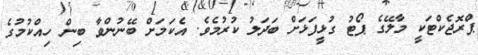
ޕްރޮޖެކްޓަކީ މާލޭގެ ޕޯޓު ގުޅީފަޅަށް ބަދަލު ކުރުމެވެ. އެކަމަށް ބޭނުންވާ ބިން ހިއްކުމުގެ